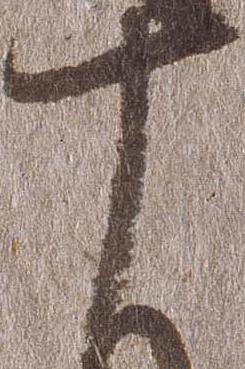
十